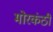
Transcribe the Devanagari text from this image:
मोरकंठी